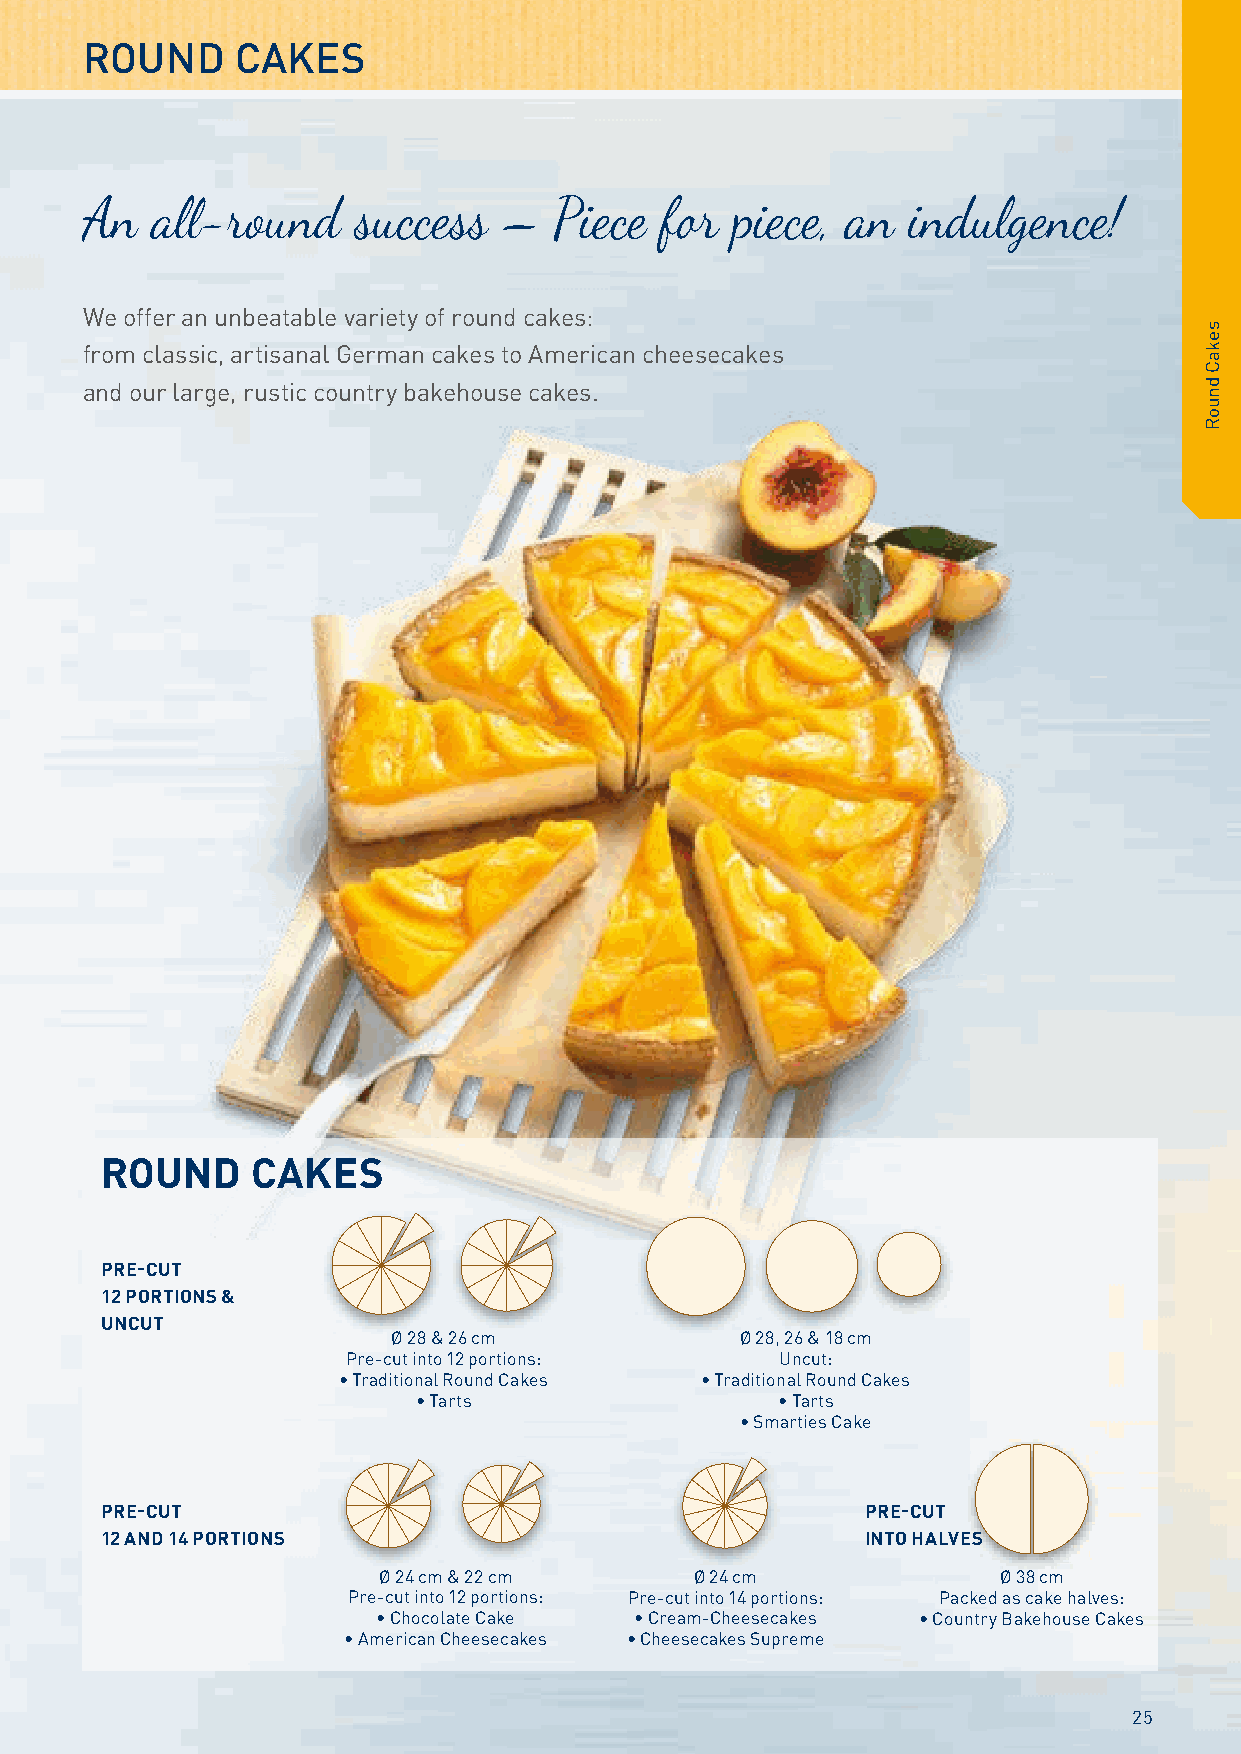
ROUND      CAKES
 An   all-round    success   –   Piece  for piece,  an  indulgence!
 We offer an unbeatable variety of round cakes:
 from classic, artisanal German cakes to American cheesecakes
 and our large, rustic country bakehouse cakes.
 ROUND     CAKES
 PRE-CUT
 12 PORTIONS &
 UNCUT
 Ø 28 & 26 cm           Ø 28, 26 & 18 cm
 Pre-cut into 12 portions:    Uncut:
 • Traditional Round Cakes • Traditional Round Cakes
 • Tarts                • Tarts
 • Smarties Cake
 PRE-CUT                                           PRE-CUT
 12 AND 14 PORTIONS                                INTO HALVES
 Ø 24 cm & 22 cm      Ø 24 cm             Ø 38 cm
 Pre-cut into 12 portions: Pre-cut into 14 portions: Packed as cake halves:
 • Chocolate Cake • Cream-Cheesecakes • Country Bakehouse Cakes
 • American Cheesecakes • Cheesecakes Supreme
 25
 sekaC
 dnuoR